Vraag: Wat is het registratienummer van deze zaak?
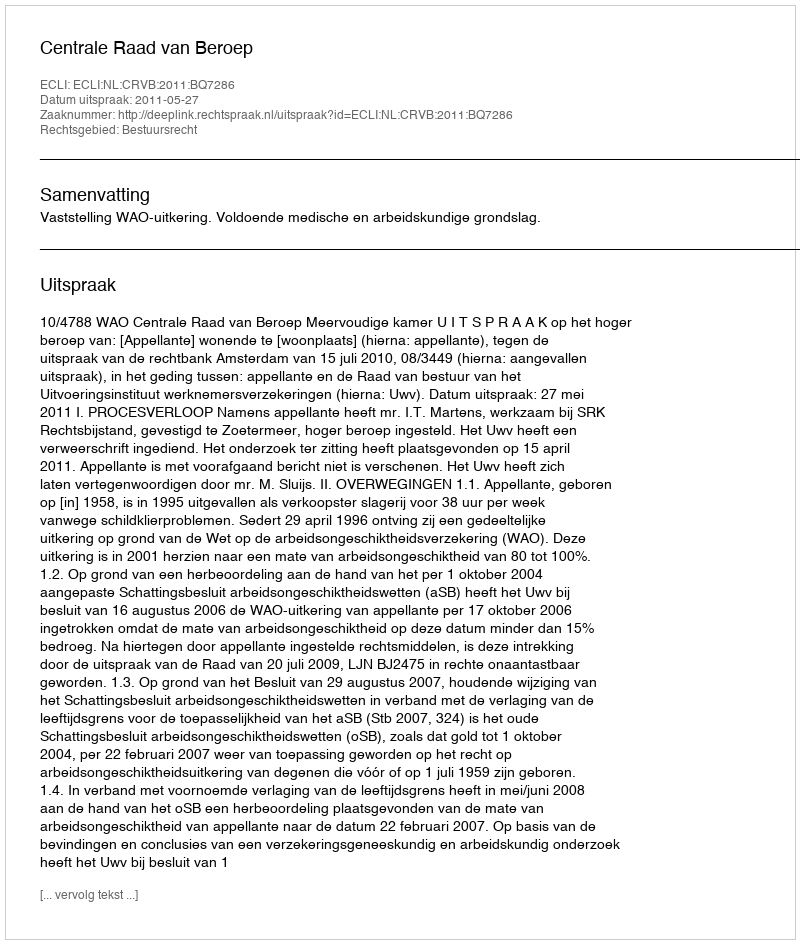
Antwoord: http://deeplink.rechtspraak.nl/uitspraak?id=ECLI:NL:CRVB:2011:BQ7286